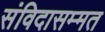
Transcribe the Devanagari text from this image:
संविदासम्मत